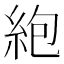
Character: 𫃠